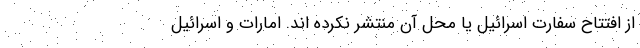
از افتتاح سفارت اسرائیل یا محل آن منتشر نکرده اند. امارات و اسرائیل